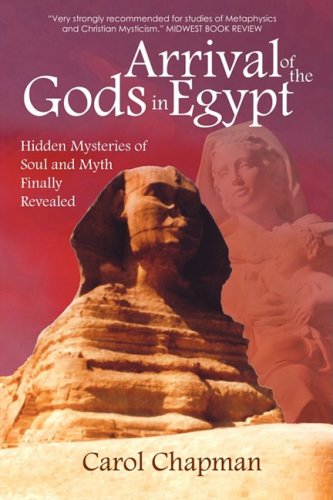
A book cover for Arrival of the Gods in Egypt: Hidden Mysteries of Soul and Myth Finally Revealed; Carol Chapman; Travel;